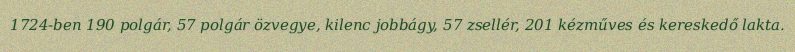
1724-ben 190 polgár, 57 polgár özvegye, kilenc jobbágy, 57 zsellér, 201 kézműves és kereskedő lakta.